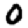
Digit: 0